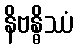
နိဗန္ဓိဿံ